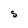
Character: S